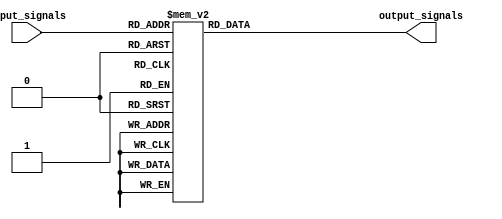
module decoder_3to8 (
  input [2:0] input_signals,
  output reg [7:0] output_signals
);

always @ (*) begin
  case(input_signals)
    3'b000: output_signals = 8'b00000001;
    3'b001: output_signals = 8'b00000010;
    3'b010: output_signals = 8'b00000100;
    3'b011: output_signals = 8'b00001000;
    3'b100: output_signals = 8'b00010000;
    3'b101: output_signals = 8'b00100000;
    3'b110: output_signals = 8'b01000000;
    3'b111: output_signals = 8'b10000000;
    default: output_signals = 8'b00000000;
  endcase
end

endmodule